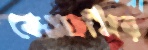
কেএফসির